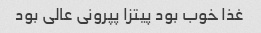
غذا خوب بود پیتزا پپرونی عالی بود